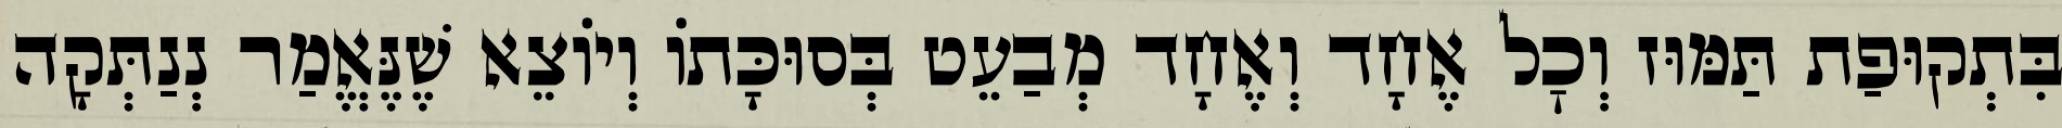
בִּתְקוּפַת תַּמּוּז וְכׇל אֶחָד וְאֶחָד מְבַעֵט בְּסוּכָּתוֹ וְיוֹצֵא שֶׁנֶּאֱמַר נְנַתְּקָה